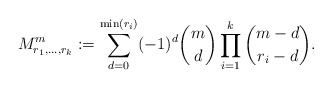
\begin{align*} M^{m}_{r_1,\ldots,r_k} &:= \sum_{d=0}^{\min(r_i)} (-1)^d \binom{m}{d} \prod_{i=1}^k \binom{m-d}{r_i-d}.\end{align*}